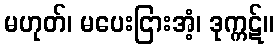
မဟုတ်၊ မပေးငြားအံ့၊ ဒုက္ကဋ်။